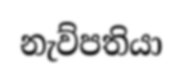
නැව්පතියා